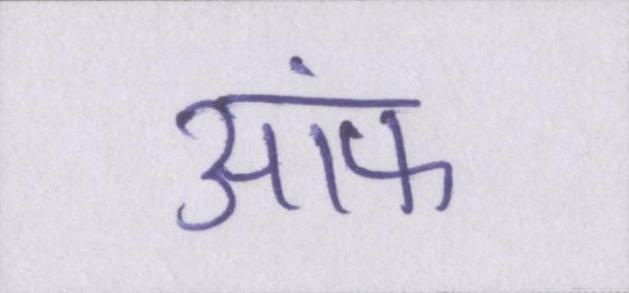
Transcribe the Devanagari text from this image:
आ॓फ